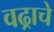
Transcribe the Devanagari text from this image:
वढ्राचे